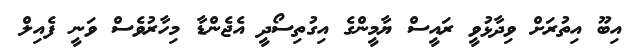
އިބޫ އިތުރަށް ވިދާޅުވީ ރައީސް ޔާމީންގެ އިގުތިސޯދީ އެޖެންޑާ މިހާރުވެސް ވަނީ ފެއިލް